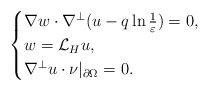
\begin{align*}\begin{cases}\nabla w\cdot \nabla^\perp(u-q\ln\frac{1}{\varepsilon})=0,\\w=\mathcal{L}_H u,\\\nabla^\perp u\cdot \nu|_{\partial \Omega}=0.\end{cases}\end{align*}